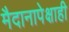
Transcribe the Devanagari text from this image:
मैदानापेक्षाही